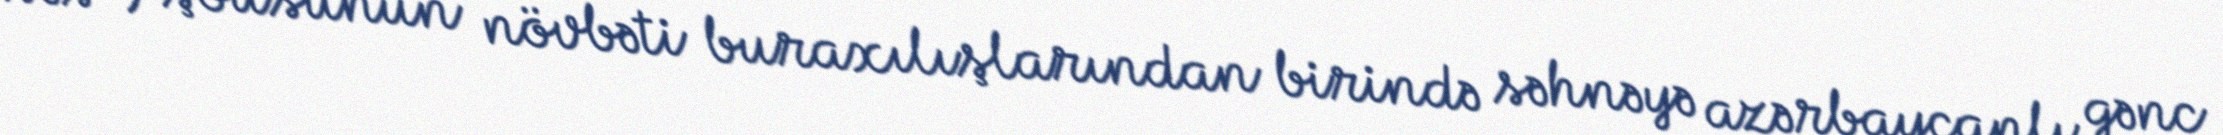
səs") şousunun növbəti buraxılışlarından birində səhnəyə azərbaycanlı gənc